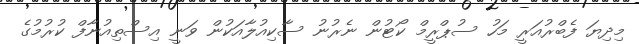
މިދިޔަ ފެބްރުއަރީ މަހު ސުޕްރީމް ކޯޓުން ނެރުނު ސާކިއުލާއަކުން ވަނީ އިސްތިއުނާފް ކުރުމުގެ